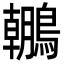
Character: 𪆘